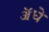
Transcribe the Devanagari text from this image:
ॲधे